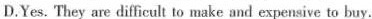
D.Yes. 'They are difficult to make and expensive to buy.